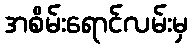
အစိမ်းရောင်လမ်းမှ